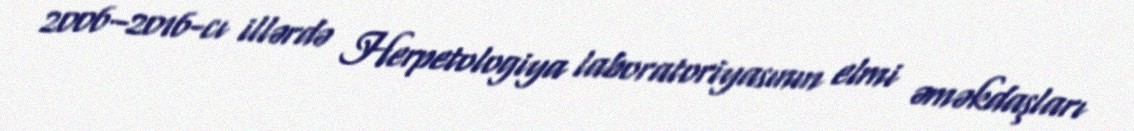
2006–2016-cı illərdə Herpetologiya laboratoriyasının elmi əməkdaşları